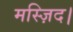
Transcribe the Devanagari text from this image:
मस्ज़िद।